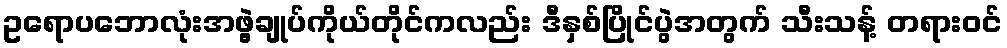
ဥရောပဘောလုံးအဖွဲ့ချုပ်ကိုယ်တိုင်ကလည်း ဒီနှစ်ပြိုင်ပွဲအတွက် သီးသန့် တရားဝင်